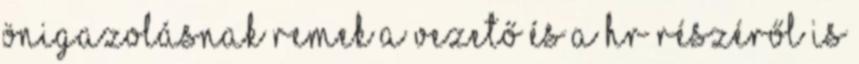
Önigazolásnak remek a vezető és a HR részéről is